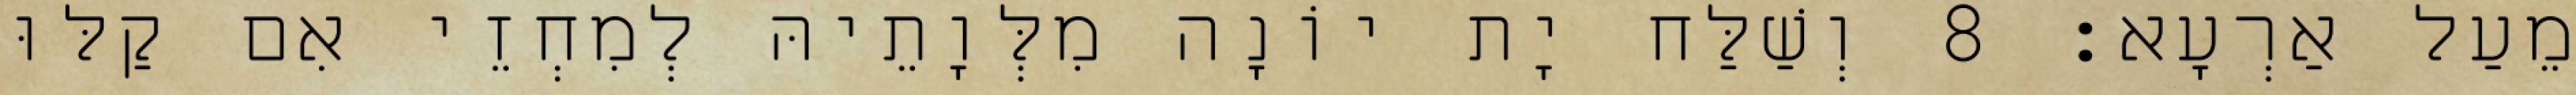
מֵעַל אַרְעָא׃ 8 וְשַׁלַּח יָת יוֹנָה מִלְּוָתֵיהּ לְמִחְזֵי אִם קַלּוּ